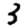
Digit: 3